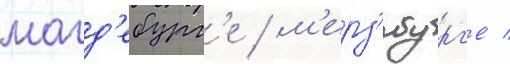
магд'ебург'е / м'ерз'ебург'е /